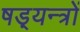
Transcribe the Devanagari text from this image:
षड़्यन्त्रों